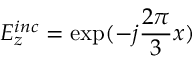
E _ { z } ^ { i n c } = \exp ( - j { \frac { 2 \pi } { 3 } } x )